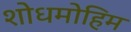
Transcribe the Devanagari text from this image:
शोधमोहिम